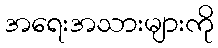
အရေးအသားများကို